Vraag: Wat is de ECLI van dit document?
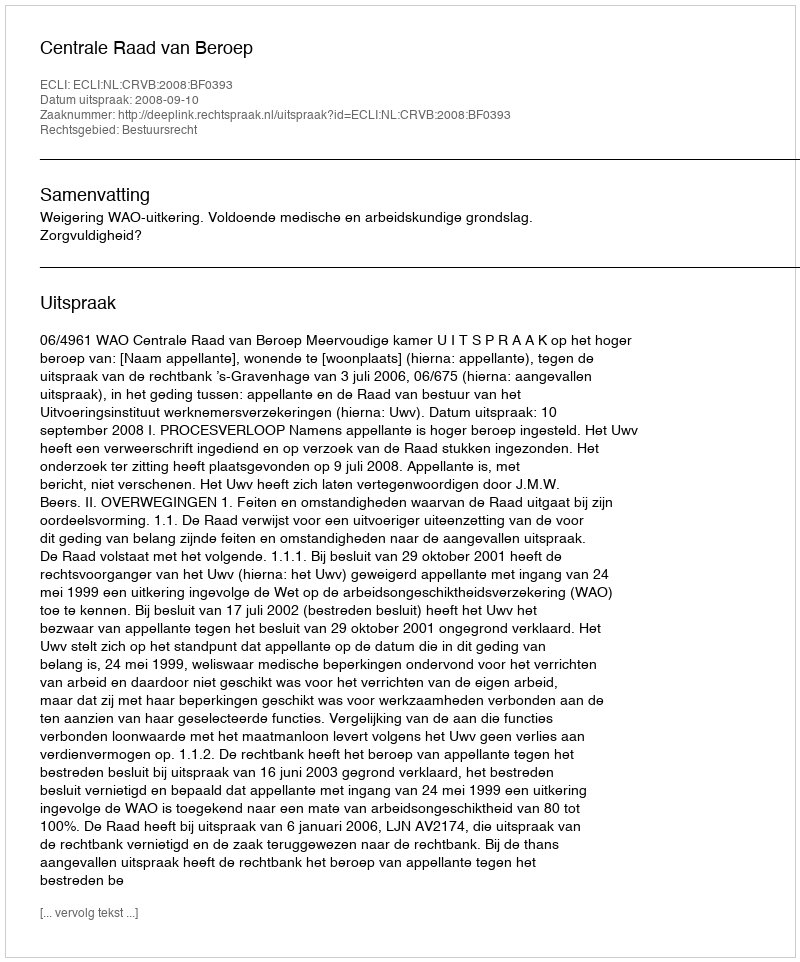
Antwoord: ECLI:NL:CRVB:2008:BF0393